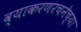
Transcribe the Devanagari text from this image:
व्याकरणरचनेच्या